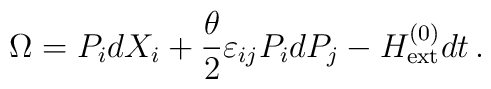
\Omega = P_i dX_i + \frac{\theta }{2}\varepsilon_{ij}P_i dP_j  - H_{\rm ext}^{(0)} dt\, .